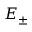
E _ { \pm }